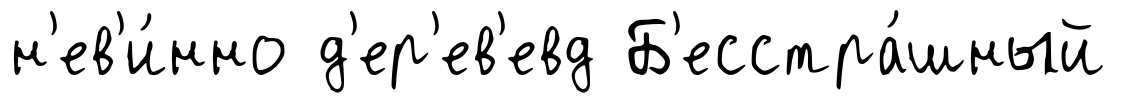
н'ев'и́нно д'ер'ев'евд Б'есстра́шный